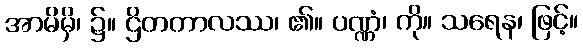
အာမိမှိ၊ ၌။ ဌိတတာလဿ၊ ၏။ ပဏ္ဏံ၊ ကို။ သရေန၊ ဖြင့်။